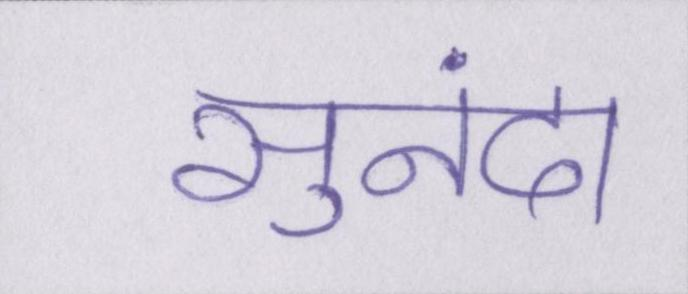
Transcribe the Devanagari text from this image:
सुनंदा